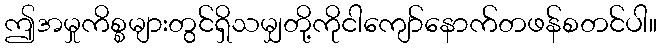
ဤအမှုကိစ္စများတွင်ရှိသမျှတို့ကိုငါကျော်နောက်တဖန်စတင်ပါ။